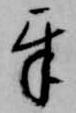
互